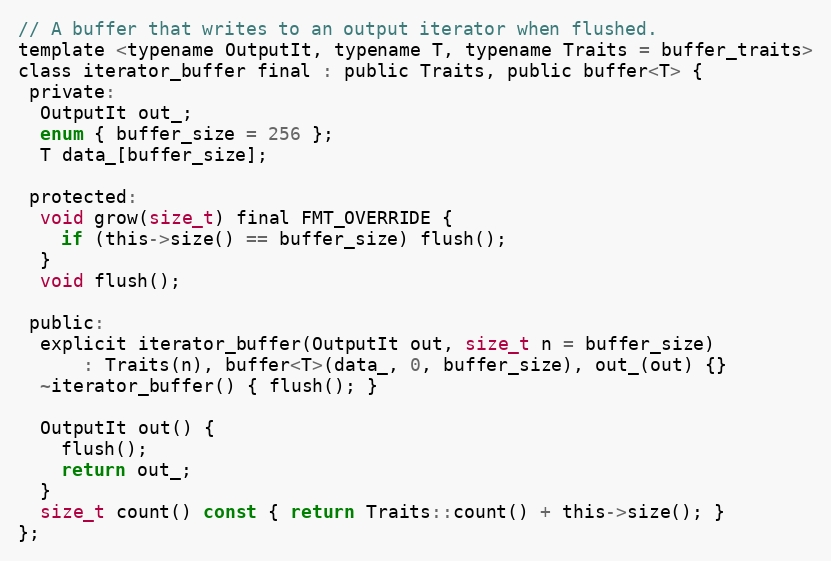
Language: C
// A buffer that writes to an output iterator when flushed.
template <typename OutputIt, typename T, typename Traits = buffer_traits>
class iterator_buffer final : public Traits, public buffer<T> {
 private:
  OutputIt out_;
  enum { buffer_size = 256 };
  T data_[buffer_size];

 protected:
  void grow(size_t) final FMT_OVERRIDE {
    if (this->size() == buffer_size) flush();
  }
  void flush();

 public:
  explicit iterator_buffer(OutputIt out, size_t n = buffer_size)
      : Traits(n), buffer<T>(data_, 0, buffer_size), out_(out) {}
  ~iterator_buffer() { flush(); }

  OutputIt out() {
    flush();
    return out_;
  }
  size_t count() const { return Traits::count() + this->size(); }
};